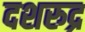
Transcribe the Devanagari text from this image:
दशरुद्र